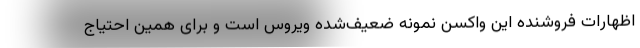
اظهارات فروشنده این واکسن نمونه ضعیف‌شده ویروس است و برای همین احتیاج